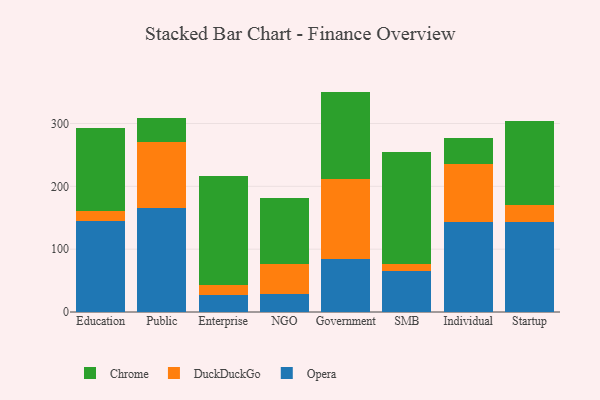
{"axis": {"x": "Segment", "y": "Churn Rate (%)"}, "legend": ["Chrome", "DuckDuckGo", "Opera"], "data": [{"x": "Education", "y": 145.1, "type": "Opera"}, {"x": "Education", "y": 15.4, "type": "DuckDuckGo"}, {"x": "Education", "y": 131.7, "type": "Chrome"}, {"x": "Public", "y": 165.2, "type": "Opera"}, {"x": "Public", "y": 105.5, "type": "DuckDuckGo"}, {"x": "Public", "y": 38.2, "type": "Chrome"}, {"x": "Enterprise", "y": 27.8, "type": "Opera"}, {"x": "Enterprise", "y": 15.9, "type": "DuckDuckGo"}, {"x": "Enterprise", "y": 172.4, "type": "Chrome"}, {"x": "NGO", "y": 28.0, "type": "Opera"}, {"x": "NGO", "y": 48.4, "type": "DuckDuckGo"}, {"x": "NGO", "y": 105.8, "type": "Chrome"}, {"x": "Government", "y": 83.8, "type": "Opera"}, {"x": "Government", "y": 127.7, "type": "DuckDuckGo"}, {"x": "Government", "y": 139.3, "type": "Chrome"}, {"x": "SMB", "y": 65.2, "type": "Opera"}, {"x": "SMB", "y": 11.0, "type": "DuckDuckGo"}, {"x": "SMB", "y": 178.6, "type": "Chrome"}, {"x": "Individual", "y": 143.2, "type": "Opera"}, {"x": "Individual", "y": 92.4, "type": "DuckDuckGo"}, {"x": "Individual", "y": 41.6, "type": "Chrome"}, {"x": "Startup", "y": 142.6, "type": "Opera"}, {"x": "Startup", "y": 28.2, "type": "DuckDuckGo"}, {"x": "Startup", "y": 133.2, "type": "Chrome"}]}